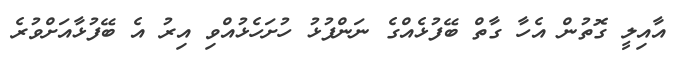
އާއިލީ ގޮތުން އެހާ ގާތް ބޭފުޅެއްގެ ނަންފުޅު ހުށަހެޅުއްވި އިރު އެ ބޭފުޅާއަށްވުރެ